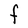
Character: F